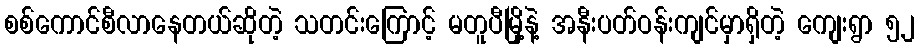
စစ်ကောင်စီလာနေတယ်ဆိုတဲ့ သတင်းကြောင့် မတူပီမြို့နဲ့ အနီးပတ်ဝန်းကျင်မှာရှိတဲ့ ကျေးရွာ ၅၂